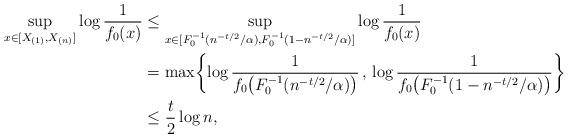
LaTeX: \begin{align*}\sup_{x \in [X_{(1)},X_{(n)}]} \log \frac{1}{f_0(x)} &\leq \sup_{x \in [F_0^{-1}(n^{-t/2}/\alpha),F_0^{-1}(1-n^{-t/2}/\alpha)]} \log \frac{1}{f_0(x)} \\&= \max\biggl\{\log \frac{1}{f_0\bigl(F_0^{-1}(n^{-t/2}/\alpha)\bigr)} \, , \, \log \frac{1}{f_0\bigl(F_0^{-1}(1 - n^{-t/2}/\alpha)\bigr)}\biggr\} \\&\leq \frac{t}{2} \log n,\end{align*}